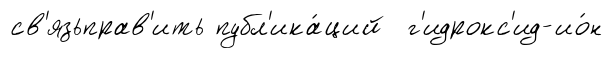
св'язьправ'ить публ'ика́ций г'идрокс'ид-ио́н